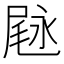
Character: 𱧇